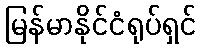
မြန်မာနိုင်ငံရုပ်ရှင်